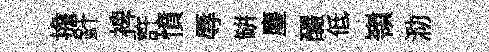
擔針裨許憤辱缾麈釅低嶺泐